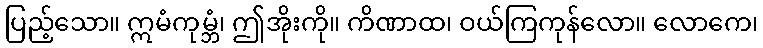
ပြည့်သော။ ဣမံကုမ္ဘံ၊ ဤအိုးကို။ ကိဏာထ၊ ဝယ်ကြကုန်လော။ လောကေ၊